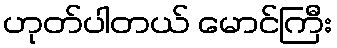
ဟုတ်ပါတယ် မောင်ကြီး